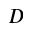
D